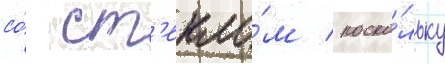
со́ ст'екло́м / поско́льку